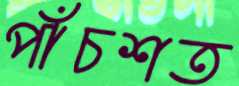
পাঁচশত